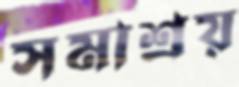
সমাশ্রয়